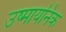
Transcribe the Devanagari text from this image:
उष्मायनिक